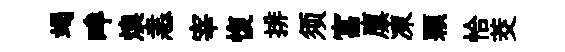
竭畔燠恚宰愎排须富廪凍顆恰茭